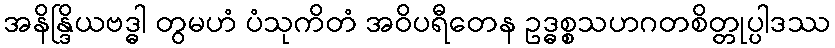
အနိန္ဒြိယဗဒ္ဓါ တွမဟံ ပံသုကိတံ အဝိပရီတေန ဥဒ္ဓစ္စသဟဂတစိတ္တုပ္ပါဒဿ